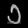
Digit: ၁